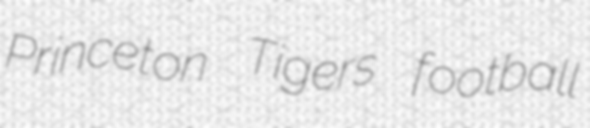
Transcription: Princeton Tigers football